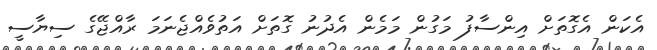
އެކަން އެގޮތަށް އިންސާފު މަގުން މަމެން އެދުނު ގޮތަށް އަތުވެއްޖެނަމަ ރާއްޖޭގެ ސިޔާސީ